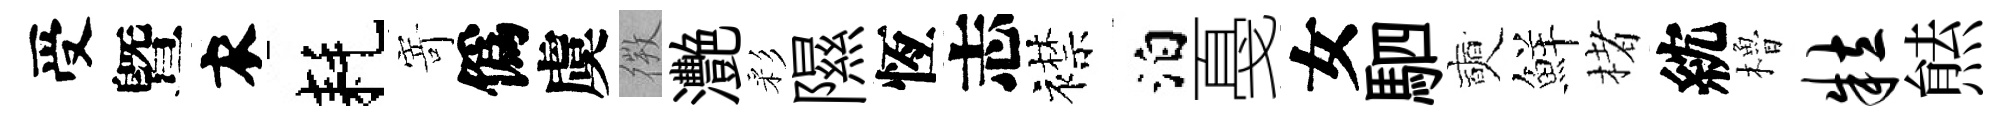
受曁衣耗𭔃僞虞𢕄灧彩隰恆志襟泊戞女駟奭鮮楮紞櫓粒㷱